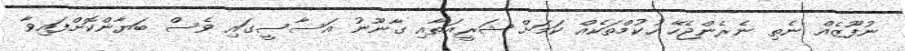
ނުފޫޒެއް ނެތި ނެރެންޖެހޭ ހުކުމްތަކެއް ކަމަށް ޝަރީއަތާއި ގާނޫނު އަސާސީގައި ވެސް ބަޔާންކޮށްފައިވާ